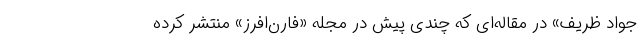
جواد ظریف» در مقاله‌ای که چندی پیش در مجله «فارن‌افرز» منتشر کرده